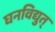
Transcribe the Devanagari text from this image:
घनविद्युत्